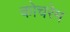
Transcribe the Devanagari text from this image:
कोचरेम